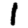
Digit: 1